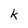
Character: k